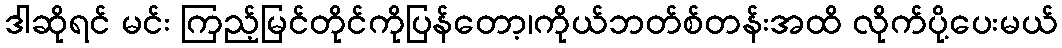
ဒါဆိုရင် မင်း ကြည့်မြင်တိုင်ကိုပြန်တော့၊ကိုယ်ဘတ်စ်တန်းအထိ လိုက်ပို့ပေးမယ်